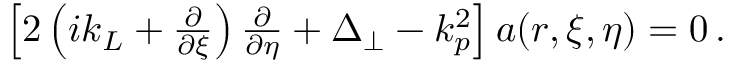
\begin{array} { r } { \left[ 2 \left( i k _ { L } + \frac { \partial } { \partial \xi } \right) \frac { \partial } { \partial \eta } + \Delta _ { \perp } - k _ { p } ^ { 2 } \right] a ( r , \xi , \eta ) = 0 \, . } \end{array}